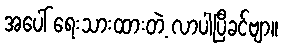
အပေါ် ရေးသားထားတဲ့ လာပါပြီခင်ဗျာ။